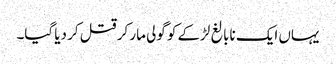
یہاں ایک نابالغ لڑکے کو گولی مار کر قتل کر دیا گیا۔